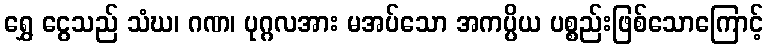
ရွှေ ငွေသည် သံဃ၊ ဂဏ၊ ပုဂ္ဂလအား မအပ်သော အကပ္ပိယ ပစ္စည်းဖြစ်သောကြောင့်